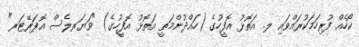
ކޯހެއް ފުރިހަމަކުރައްވައި ލ. އަތޮޅު އޮފީހުގެ (ހައްދުންމަތީ އަތޮޅު އޮފީހުގެ) "ވަޔަރލެސް އޮޕަރޭޓަރ"